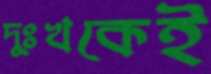
দুঃখকেই